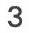
3